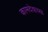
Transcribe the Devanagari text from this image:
कामदेवाच्या